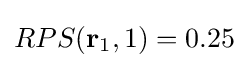
RPS(\mathbf {r} _{1},1)=0.25